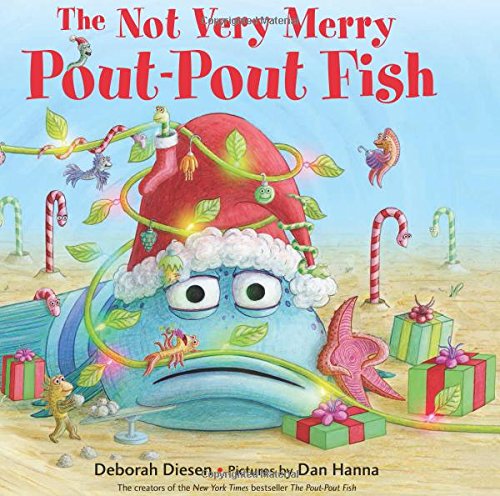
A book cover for The Not Very Merry Pout-Pout Fish (A Pout-Pout Fish Adventure); Deborah Diesen; Children's Books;